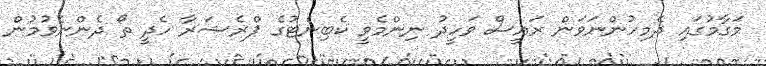
މަގާމުގައި ދެމިހުންނަވަން ރައީސް ވަހީދު ނިންމެވީ ކެބިނެޓުގެ ޕްރެޝަރާ ހެދީ ތޯ ދެންނެވުމުން